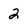
Character: 2